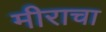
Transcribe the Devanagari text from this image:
मीराचा